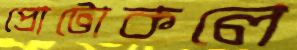
প্রোটোকলে